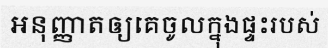
អនុញ្ញាតឲ្យគេចូលក្នុងផ្ទះរបស់